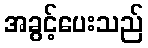
အခွင့်ပေးသည်